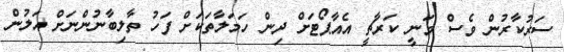
ސަރުކާރުން ވެސް ވަނީ ކަރާޗީ އެއާޕޯޓަށް ދިން ހަމަލާތަކަށް ފަހު ތާލިބާނުންނަށް އަލުން